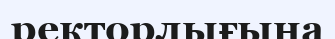
ректорлығына